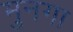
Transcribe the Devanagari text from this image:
मुनगा